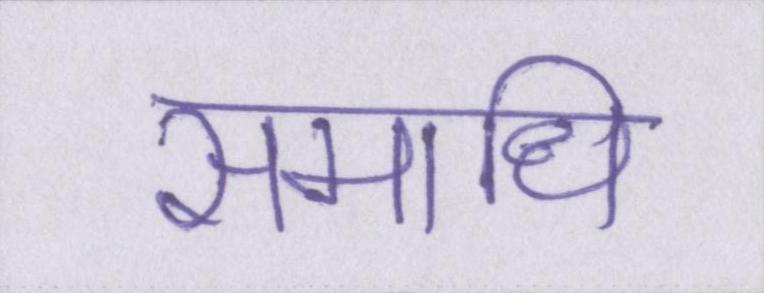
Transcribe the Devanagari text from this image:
समाधि